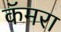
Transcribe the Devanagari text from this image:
कॅमरा